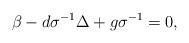
LaTeX: \begin{align*}\beta-d\sigma^{-1}\Delta+g\sigma^{-1}=0,\end{align*}